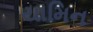
યામિન